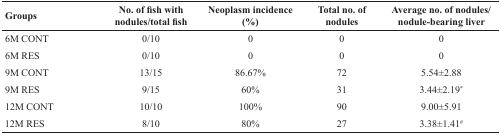
<table><thead><tr><td><b>Groups</b></td><td><b>No. of fish with nodules/total fish</b></td><td><b>Neoplasm incidence (%)</b></td><td><b>Total no. of nodules</b></td><td><b>Average no. of nodules/nodule-bearing liver</b></td></tr></thead><tbody><tr><td>6M CONT</td><td>0/10</td><td>0</td><td>0</td><td>0</td></tr><tr><td>6M RES</td><td>0/10</td><td>0</td><td>0</td><td>0</td></tr><tr><td>9M CONT</td><td>13/15</td><td>86.67%</td><td>72</td><td>5.54±2.88</td></tr><tr><td>9M RES</td><td>9/15</td><td>60%</td><td>31</td><td>3.44±2.19*</td></tr><tr><td>12M CONT</td><td>10/10</td><td>100%</td><td>90</td><td>9.00±5.91</td></tr><tr><td>12M RES</td><td>8/10</td><td>80%</td><td>27</td><td>3.38±1.41<sup>#</sup></td></tr></tbody></table>